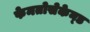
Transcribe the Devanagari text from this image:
फेमतोसेकेन्‍ड